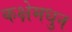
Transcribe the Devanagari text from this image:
कक्षेमधुन